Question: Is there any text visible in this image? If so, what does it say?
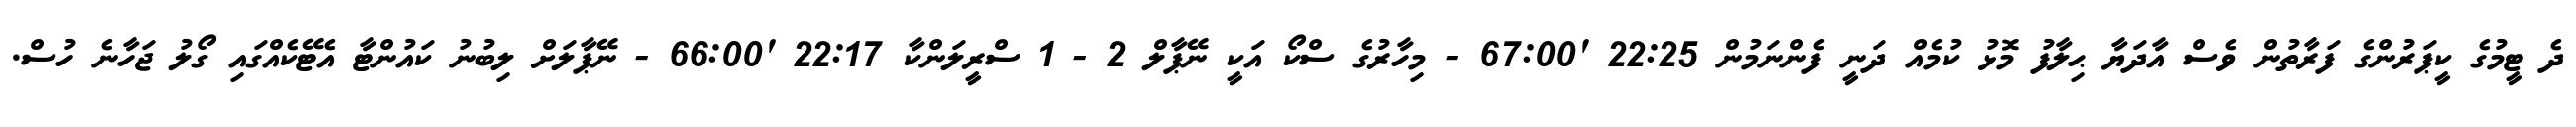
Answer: ދެ ޓީމުގެ ކީޕަރުންގެ ފަރާތުން ވެސް އާދަޔާ ޙިލާފު މޮޅު ކުމެއް ދަނީ ފެންނަމުން 22:25 '67:00 - މިހާރުގެ ސްކޯ އަކީ ނޭޕާލް 2 - 1 ސްރީލަންކާ 22:17 '66:00 - ނޭޕާލަށް ލިބުނު ކައުންޓާ އެޓޭކެއްގައި ގޯލު ޖަހާނެ ހުސް.